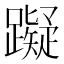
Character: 𰸴